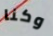
وكنا